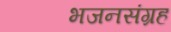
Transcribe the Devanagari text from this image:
भजनसंग्रह